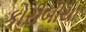
કોરીબીયા